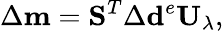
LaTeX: \Delta\mathbf{m}=\mathbf{S}^{T}\Delta\mathbf{d}^{e}\mathbf{U}_{\lambda},